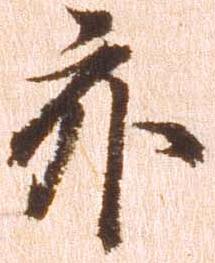
亦